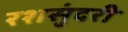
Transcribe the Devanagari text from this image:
रशसुंदरी